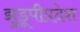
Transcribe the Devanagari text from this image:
झुडूपीप्रदेश